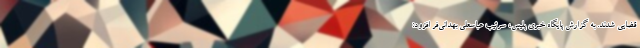
قضایی شدند. به گزارش پایگاه خبری پلیس، سرتیپ عباسعلی بهدانی‌فر افزود: